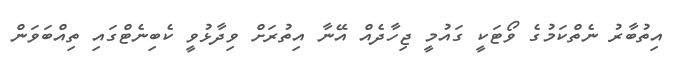
އިތުބާރު ނެތްކަމުގެ ވޯޓަކީ ގައުމީ ޖިހާދެއް އޭނާ އިތުރަށް ވިދާޅުވީ ކެބިނެޓްގައި ތިއްބަވަން